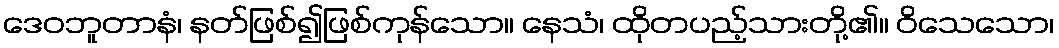
ဒေဝဘူတာနံ၊ နတ်ဖြစ်၍ဖြစ်ကုန်သော။ နေသံ၊ ထိုတပည့်သားတို့၏။ ဝိသေသော၊